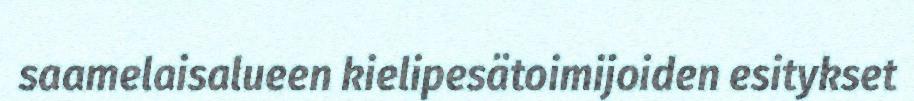
saamelaisalueen kielipesätoimijoiden esitykset